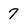
Character: 7